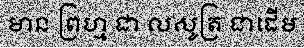
មាន ព្រហ្ម ជា លសូត្រ ជាដើម